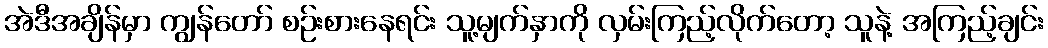
အဲဒီအချိန်မှာ ကျွန်တော် စဉ်းစားနေရင်း သူ့မျက်နှာကို လှမ်းကြည့်လိုက်တော့ သူနဲ့ အကြည့်ချင်း